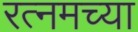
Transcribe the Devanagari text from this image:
रत्नमच्या